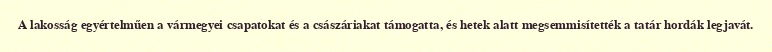
A lakosság egyértelműen a vármegyei csapatokat és a császáriakat támogatta, és hetek alatt megsemmisítették a tatár hordák legjavát.